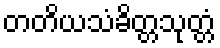
တတိယသံခိတ္တသုတ္တံ